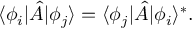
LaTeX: \langle \phi _ { i } | { \hat { A } } | \phi _ { j } \rangle = \langle \phi _ { j } | { \hat { A } } | \phi _ { i } \rangle ^ { * } .